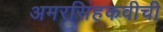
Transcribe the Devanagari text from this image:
अमरसिंहकवीची